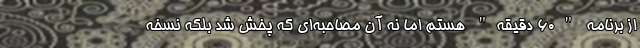
از برنامه "۶۰ دقیقه" هستم اما نه آن مصاحبه‌ای که پخش شد بلکه نسخه